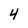
Character: 4